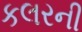
કલરની